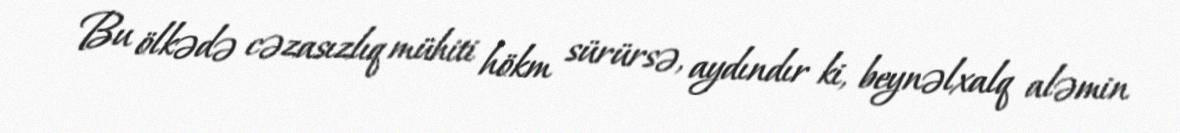
Bu ölkədə cəzasızlıq mühiti hökm sürürsə, aydındır ki, beynəlxalq aləmin